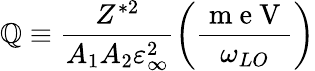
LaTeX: \mathbb{Q}\equiv\frac{{Z^{\ast2}}}{{A_{1}A_{2}\varepsilon_{\infty}^{2}}}\left(\frac{{\mathrm{{~m~e~V~}}}}{{\omega_{LO}}}\right)